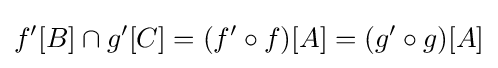
f'[B]\cap g'[C]=(f'\circ f)[A]=(g'\circ g)[A]